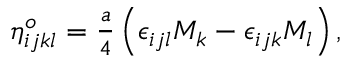
\begin{array} { r } { \eta _ { i j k l } ^ { o } = \frac { a } { 4 } \left( \epsilon _ { i j l } M _ { k } - \epsilon _ { i j k } M _ { l } \right) , } \end{array}